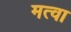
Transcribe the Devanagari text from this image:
मत्वा